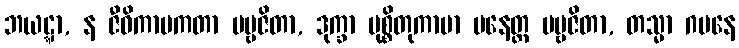
ဘယဋ္ဋာ, န ဇီဝိကာပကတာ ပဗ္ဗဇိတာ, ဒုက္ခာ မုစ္စိတုကာမာ ပနေတ္ထ ပဗ္ဗဇိတာ, တသ္မာ ဂမနေ